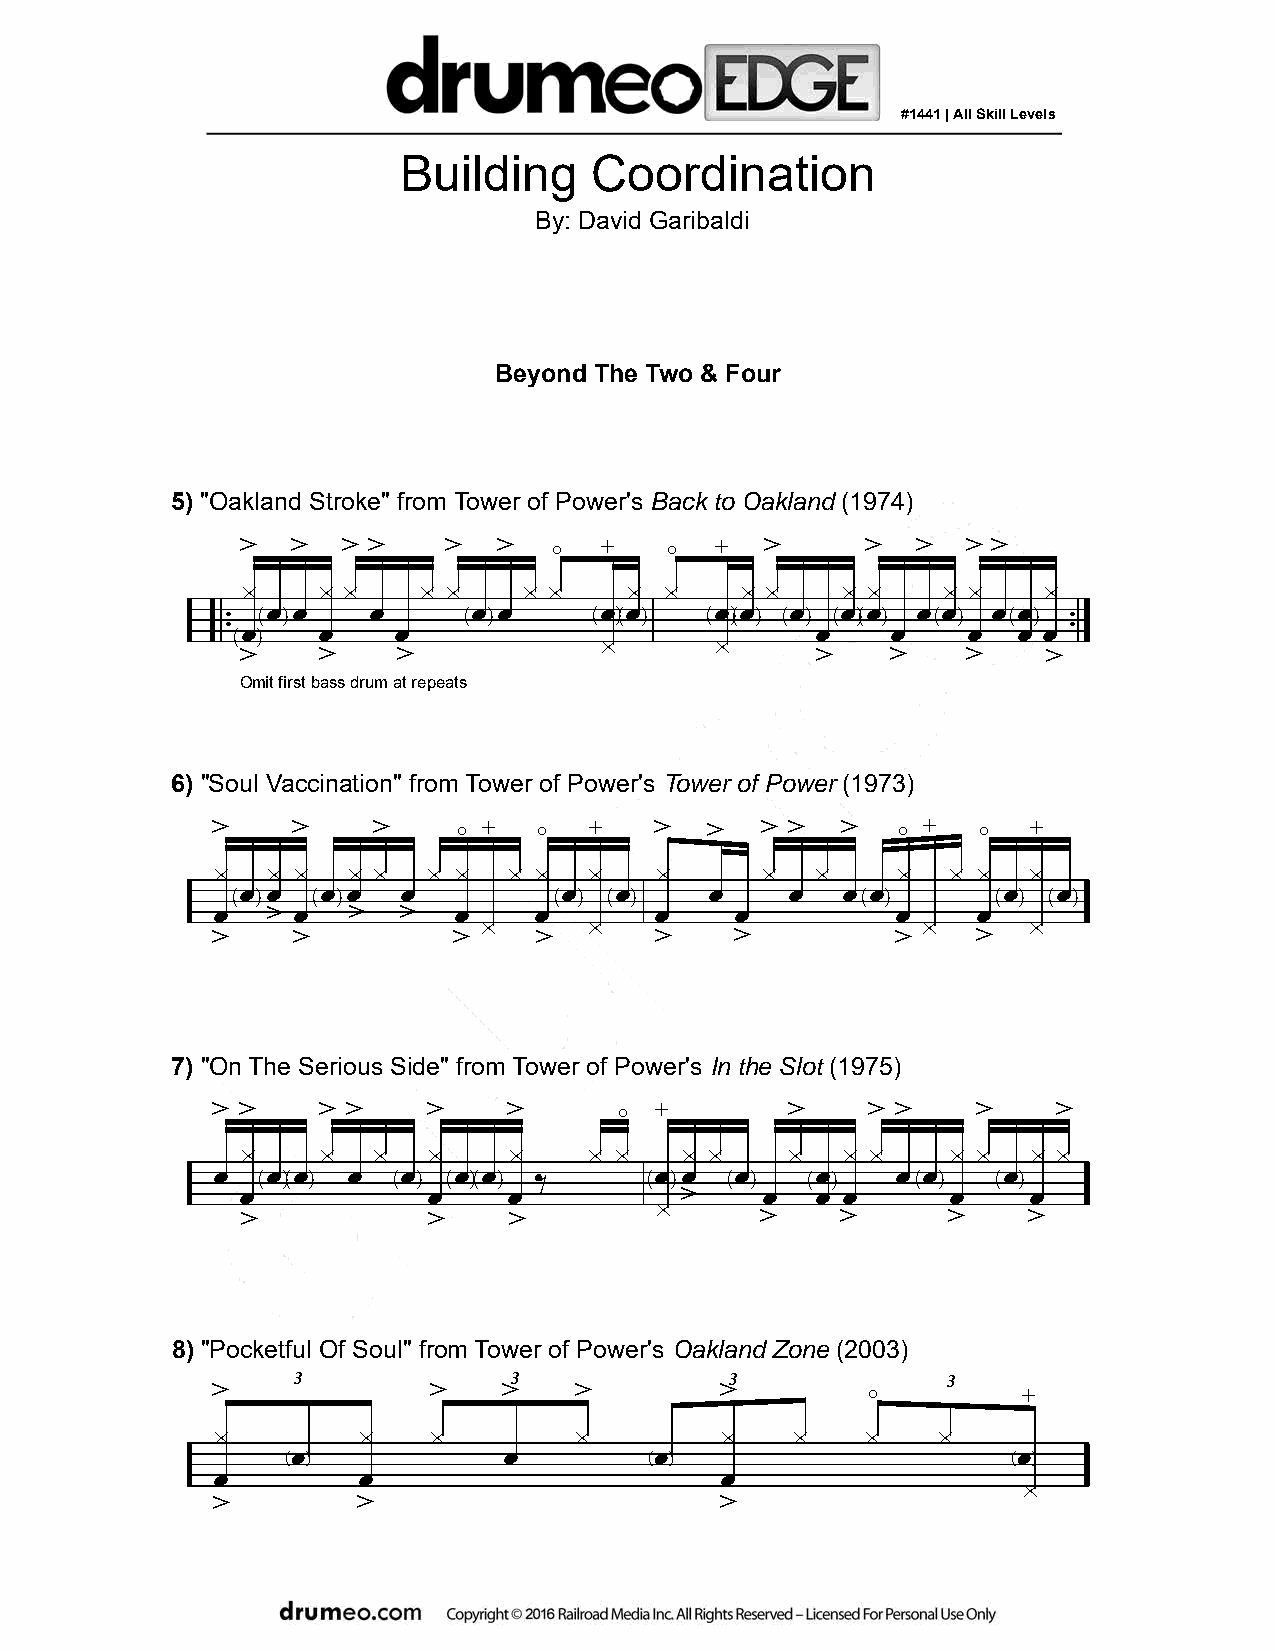
#1441 | All Skill Levels
 Building    Coordination
 By: David Garibaldi
 Beyond The Two & Four
 5) "Oakland Stroke" from Tower of Power's Back to Oakland (1974)
 >  >   > >   >   >   o  +   o  +   >     >   >  > >
 x    x x    x x    x x    x x    x x    x x   x x    x
 œ œ   œ      œ œ      œ œ    œ œ  œ   œ œ  œ œ  œ œ
 . . œ( ) œ œ    ( )     ( x)( ) ( x)( ) ( )œ( )( )œ ( )œ (œ)œ . .
 ( )
 >    >    >                           >    >    >    >
 Omit first bass drum at repeats
 6) "Soul Vaccination" from Tower of Power's Tower of Power (1973)
 >    >     >    o +   o  +   >   >  > >   >   o +  o  +
 x   x x  x x  x x   x x  x   x      x   x    x   x x  x
 œ œ  œ œ   œ         œ   œ     œ    œ   œ œ       œ   œ
 œ( ) œ( )       œ    œ( ) ( ) œ    œ       ( )œ    œ( ) ( )
 >    >  >     x      x                     x      x
 >    >          >    >       >     >         >     >
 7) "On The Serious Side" from Tower of Power's In the Slot (1975)
 > >    > >    >     >      o +        >    > >     >    >
 x    x   x  x     x    x x   x x    x   x x    x x  x x
 œ   œ œ  œ   œ  œ œ          œ œ   œ    œ    œ œ    œ
 œ( )( )   ( )œ( )( )œ ‰    ( )  ( )œ  (œ)œ   ( )œ ( )œ
 x >
 >           >     >               >     >      >    >
 8) "Pocketful Of Soul" from Tower of Power's Oakland Zone (2003)
 3              3             3              3
 >             >    >    >         >         o         +
 x         x    x        x         x    x   x    x
 e             œ         e                       e
 œ         œ                       œ
 x
 >         >                       >